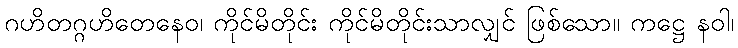
ဂဟိတဂ္ဂဟိတေနေဝ၊ ကိုင်မိတိုင်း ကိုင်မိတိုင်းသာလျှင် ဖြစ်သော။ ကဋ္ဌေ နဝါ၊